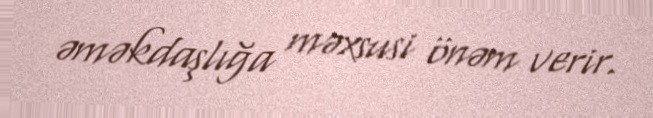
əməkdaşlığa məxsusi önəm verir.